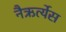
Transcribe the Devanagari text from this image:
नैऋर्त्येस